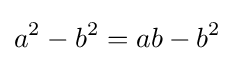
a^{2}-b^{2}=ab-b^{2}